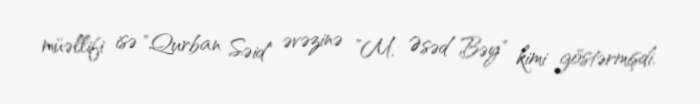
müəllifi isə "Qurban Səid" əvəzinə "M. Əsəd Bəy" kimi göstərmişdi.